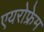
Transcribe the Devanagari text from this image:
एयरोफ्रेम